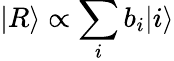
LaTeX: |R\rangle\propto\sum_{i}b_{i}|i\rangle